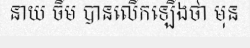
នាយ ចឺម បានលើកឡើងថា មុន